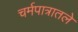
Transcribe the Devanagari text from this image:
चर्मपात्रातले